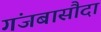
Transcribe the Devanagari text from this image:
गंजबासौदा